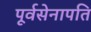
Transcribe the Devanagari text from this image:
पूर्वसेनापति